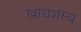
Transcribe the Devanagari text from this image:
खाद्यशस्य